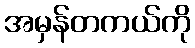
အမှန်တကယ်ကို